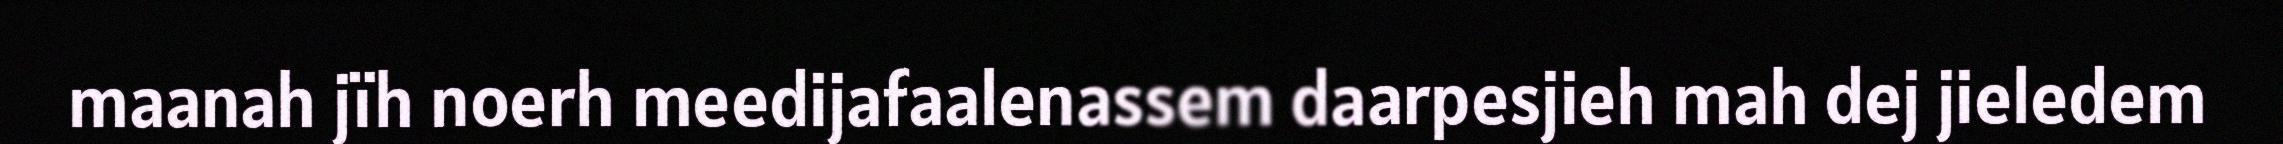
maanah jïh noerh meedijafaalenassem daarpesjieh mah dej jieledem